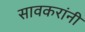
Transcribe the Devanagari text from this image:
सावकरांनी